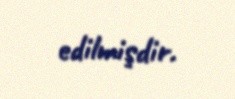
edilmişdir.